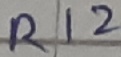
Text: R12